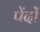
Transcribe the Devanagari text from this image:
पेंदों